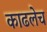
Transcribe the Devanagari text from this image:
काढलेच